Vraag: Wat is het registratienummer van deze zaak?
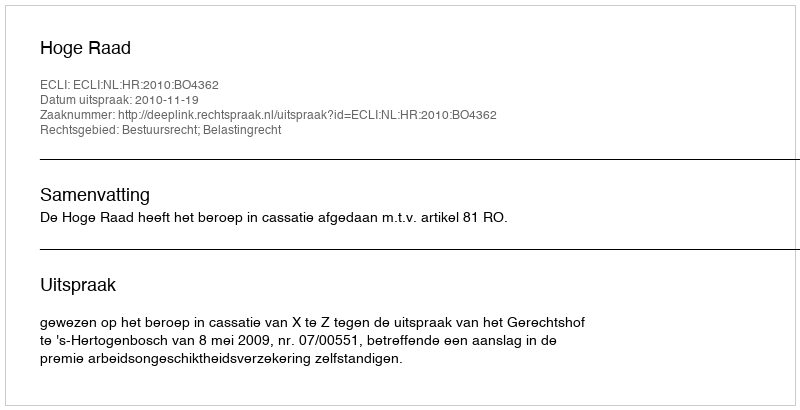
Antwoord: http://deeplink.rechtspraak.nl/uitspraak?id=ECLI:NL:HR:2010:BO4362